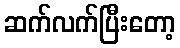
ဆက်လက်ပြီးတော့